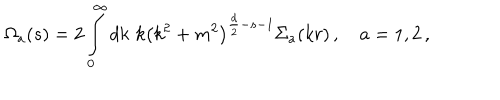
\Omega _ { a } ( s ) = 2 \int _ { 0 } ^ { \infty } d k \, \, k \left( k ^ { 2 } + m ^ { 2 } \right) ^ { \frac d 2 - s - 1 } { \Sigma } _ { a } ( k r ) \, , \quad a = 1 , 2 \, ,